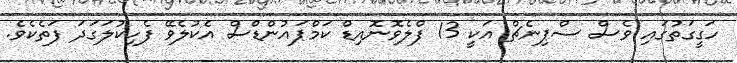
ހަގީގަތުގައި ވެސް ސްޕިނެޗް އަކީ 13 ފްލެވޮނޮއިޑް ކަމްޕައުންޑްސް އެކުލެވޭ ފެހިކުލަގަދަ ފަތެކެވެ.